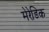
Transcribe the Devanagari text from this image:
मेरेडिक